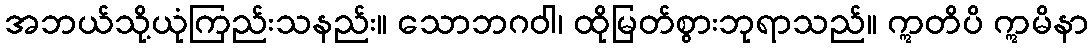
အဘယ်သို့ယုံကြည်းသနည်း။ သောဘဂဝါ၊ ထိုမြတ်စွားဘုရာသည်။ ဣတိပိ ဣမိနာ